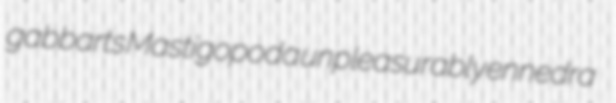
gabbarts Mastigopoda unpleasurably ennedra